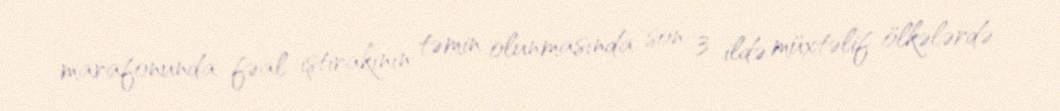
marafonunda fəal iştirakının təmin olunmasında son 3 ildə müxtəlif ölkələrdə